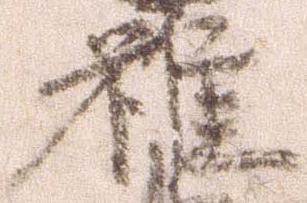
雖